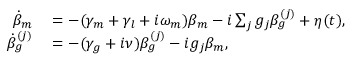
\begin{array} { r l } { \dot { \beta } _ { m } } & { { } = - ( \gamma _ { m } + \gamma _ { l } + i \omega _ { m } ) \beta _ { m } - i \sum _ { j } g _ { j } \beta _ { g } ^ { ( j ) } + \eta ( t ) , } \\ { \dot { \beta } _ { g } ^ { ( j ) } } & { { } = - ( \gamma _ { g } + i \nu ) \beta _ { g } ^ { ( j ) } - i g _ { j } \beta _ { m } , } \end{array}